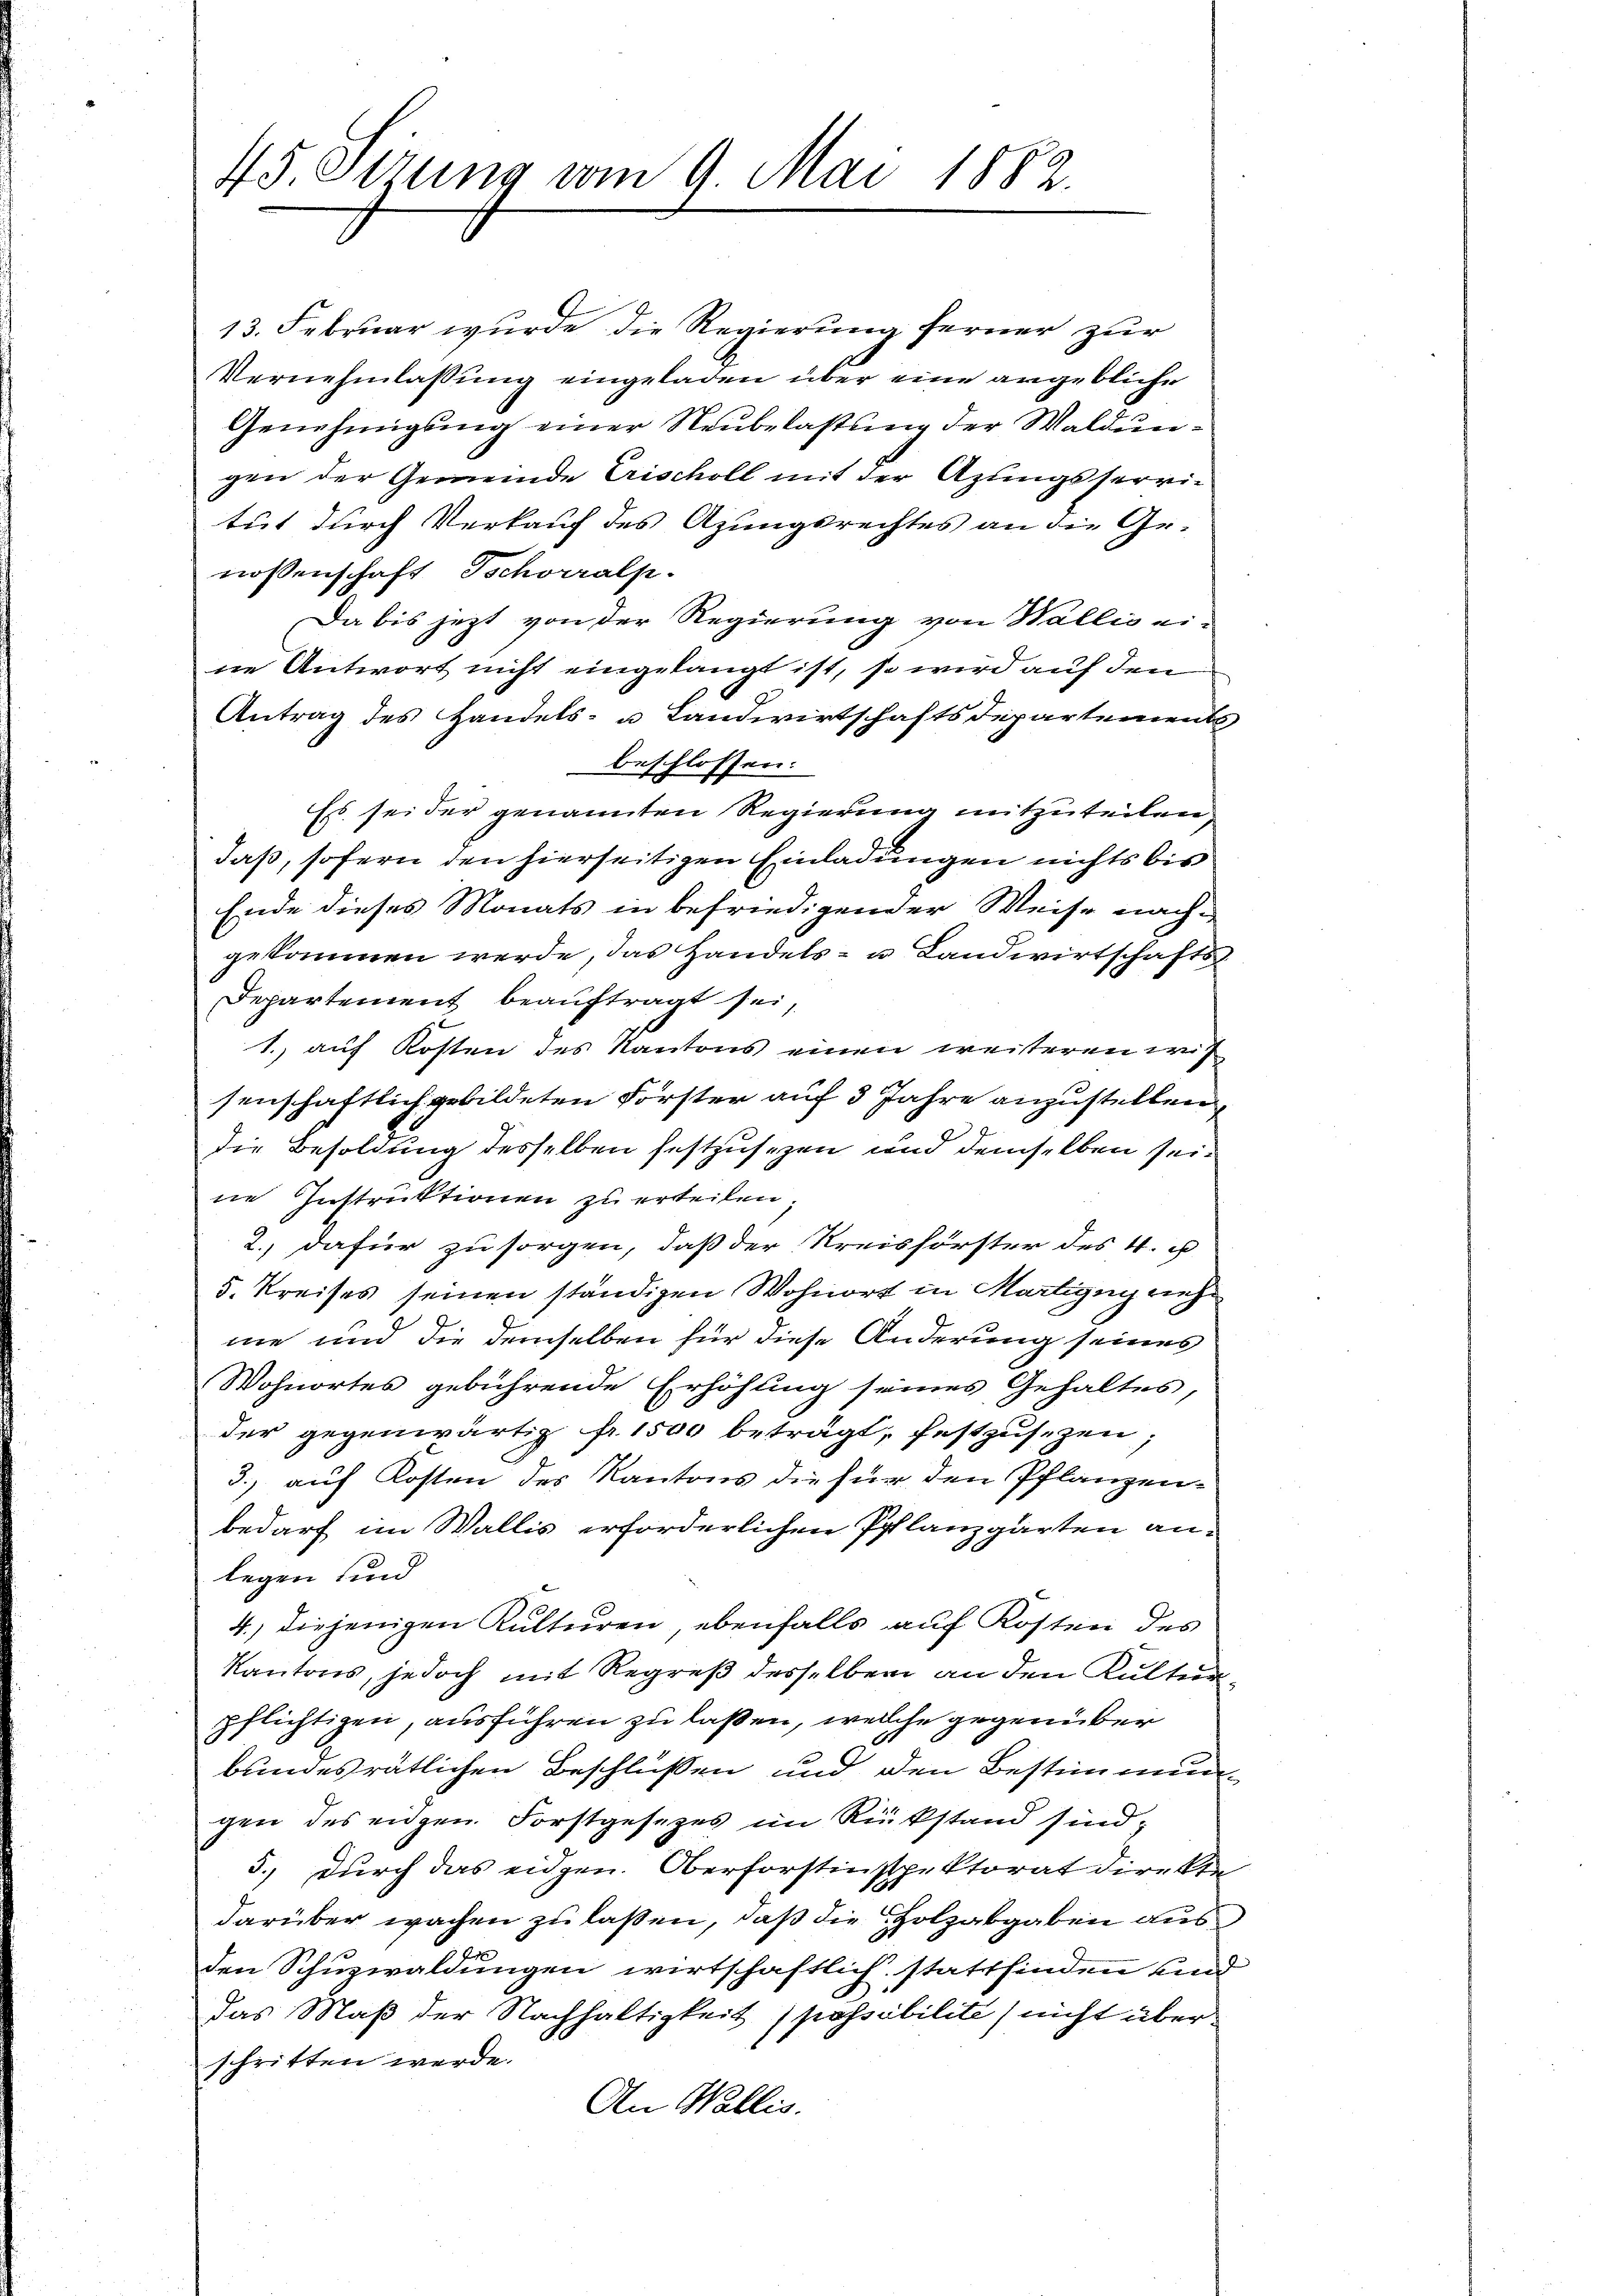
45. Etzung vom 9. Mai 1882.

13. Februar wurde die Regierung ferner zur
Vernehmlassung eingeladen über eine angebliche
Genehmigung einer Neubelastung der Waldungen der Gemeinde Erischoll mit der Azungsserritut durch Verkauf des Azungsrechtes an die Genossenschaft Tschoralp.
Da bis jezt von der Regierung von Wallis eine Antwort nicht eingelangt ist, so wird auf den
Antrag des Handels- u Landwirtschaftsdepartements
beschlossen:
Es sei der genannten Regierung mitzuteilen,
daß, sofern den hierseitigen Einladungen nichts bis
Ende dieses Monats in befriedigender Weise nach-
gekommen werde, das Handels- u Landwirtschafts¬
Departement beauftragt sei,
1. auf Kosten des Kantons einen weiteren wich
senschaftlich gebildeten Forster auf 3 Jahre anzustellen,
die Besoldung desselben festzusezen und demselben seine Instruktionen zu erteilen;
2., dafür zu sorgen, daß der Kreisförster des 4. u
5. Kreises seinen ständigen Wohnort in Martigen siehe
me und die demselben für diese Änderung seines
Wohnortes gebührende Erhöhung seines Gehaltes,
der gegenwärtig fr. 1500 beträgt, festzusezen,
3.) auf Kosten des Kantons die für den Pflanzen-
bedarf im Wallis erforderlichen Pflanzgärten an-
legen und
4.) diejenigen Kulturen ebenfalls auf Kosten des
Kantons, jedoch mit Regreß desselben an den Kultur
pflichtigen, ausführen zu laßen, welche gegenüber
bundesrätlichen Beschlüßen und den Bestimmungen des eidgen. Forstgesetzes im Rückstand sind,
5., durch das eidgen. Oberforstinspektorat direkte
darüber wachen zu laßen, daß die Holzabgaben aus
den Schuzwaldungen wirtschaftlich stattfinden und
das Maß der Nachhaltigkeit (possibilite) nicht über
schritten werde.
An Wallis.